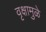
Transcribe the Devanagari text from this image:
वृक्षामुळे